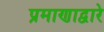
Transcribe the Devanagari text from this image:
प्रमाणाद्वारे